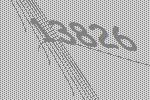
13826